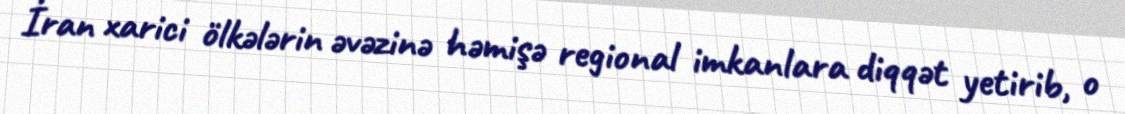
İran xarici ölkələrin əvəzinə həmişə regional imkanlara diqqət yetirib, o